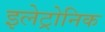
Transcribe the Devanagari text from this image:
इलेट्रोनिक